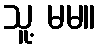
သူ့ မမ။